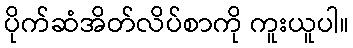
ပိုက်ဆံအိတ်လိပ်စာကို ကူးယူပါ။